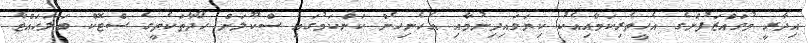
އިދާރީ މުވައްޒަފުންގެ އެހީތެރިކަމާއިއެކު ކިޔަވައިދިނުމާއި އެހެނިހެން ކަންކަމުގައި ސްކޫލަށް ހޯދާތަކެތީގެ ސްޓޮކް ބަލަހައްޓާ